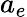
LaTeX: a_{e}